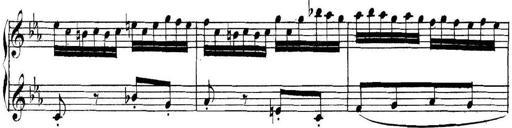
Title: Collected Piano Sonatas
Composer: Muzio Clementi